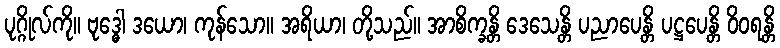
ပုဂ္ဂိုလ်ကို။ ဗုဒ္ဓေါ ဒယော၊ ကုန်သော။ အရိယာ၊ တို့သည်။ အာစိက္ခန္တိ ဒေသေန္တိ ပညာပေန္တိ ပဋ္ဌပေန္တိ ဝိဝရန္တိ